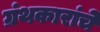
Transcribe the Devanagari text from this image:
ग्रंथकारांचे